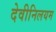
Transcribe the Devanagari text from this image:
देवीनिलयम